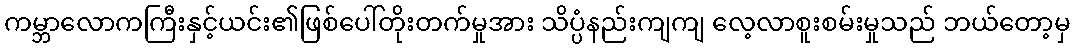
ကမ္ဘာလောကကြီးနှင့်ယင်း၏ဖြစ်ပေါ်တိုးတက်မှုအား သိပ္ပံနည်းကျကျ လေ့လာစူးစမ်းမှုသည် ဘယ်တော့မှ